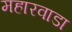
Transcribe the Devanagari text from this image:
महारवाडा